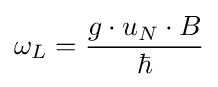
\omega _{L}={\frac {g\cdot u_{N}\cdot B}{\hbar }}